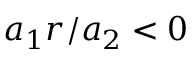
a _ { 1 } r / a _ { 2 } < 0